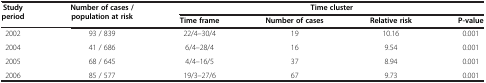
<table><thead><tr><td rowspan="2"><b>Study period</b></td><td rowspan="2"><b>Number of cases / population at risk</b></td><td colspan="4"><b>Time cluster</b></td></tr><tr><td><b>Time frame</b></td><td><b>Number of cases</b></td><td><b>Relative risk</b></td><td><b>P-value</b></td></tr></thead><tbody><tr><td>2002</td><td>93 / 839</td><td>22/4–30/4</td><td>19</td><td>10.16</td><td>0.001</td></tr><tr><td>2004</td><td>41 / 686</td><td>6/4–28/4</td><td>16</td><td>9.54</td><td>0.001</td></tr><tr><td>2005</td><td>68 / 645</td><td>4/4–16/5</td><td>37</td><td>8.94</td><td>0.001</td></tr><tr><td>2006</td><td>85 / 577</td><td>19/3–27/6</td><td>67</td><td>9.73</td><td>0.001</td></tr></tbody></table>